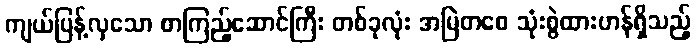
ကျယ်ပြန့်လှသော စာကြည့်ဆောင်ကြီး တစ်ခုလုံး အမြဲတစေ သုံးစွဲထားဟန်ရှိသည့်